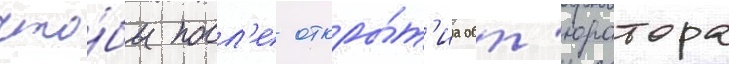
что́бы посл'е откры́т'иа обт'юратора